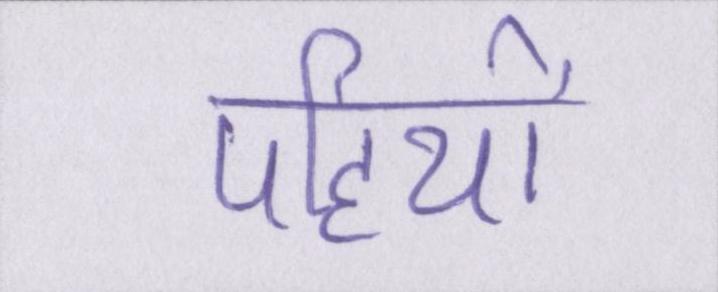
पहियों